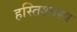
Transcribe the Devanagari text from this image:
हस्तिशास्त्र